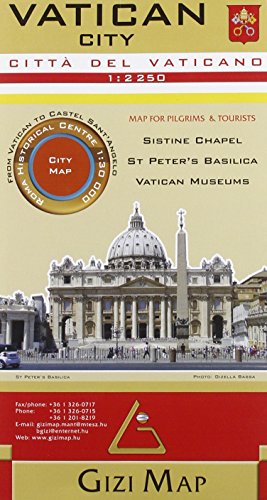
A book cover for Vatican City 1:2,250 City Map Gizi; Gizi; Travel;